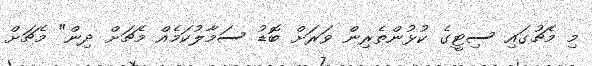
މި މެޗުގައި ސިޓީގެ ކުޅުންތެރިން ވަރަށް ބޮޑު ސަމާލުކަމެއް މެޗަށް ދިން" މެޗަށް